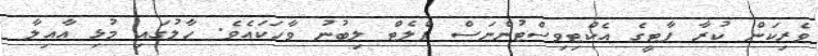
ވެރިކަން ކުރާ ޕާޓީގެ އެކްޓިވިސްޓުންނަސް ފްލެޓް ލިބުނު ވާހަކައެވެ. ހާލުގައި މުޅި އާއިލާ